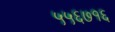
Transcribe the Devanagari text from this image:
५५६७१६